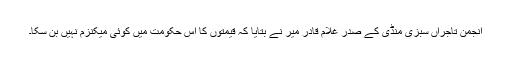
انجمن تاجراں سبزی منڈی کے صدر غلام قادر میر نے بتایا کہ قیمتوں کا اس حکومت میں کوئی میکنزم نہیں بن سکا۔